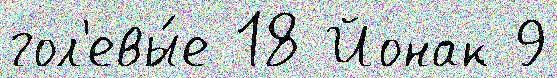
гол'евы́е 18 Йонак 9